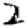
Digit: 2